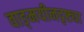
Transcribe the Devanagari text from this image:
वाङ्‌मयीनदृष्ट्या